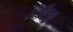
ટીપીજી